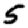
Digit: 5